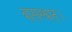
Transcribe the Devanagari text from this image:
वासस्थान।